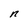
Character: n